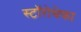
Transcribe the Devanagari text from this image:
स्टॉरोथेका